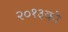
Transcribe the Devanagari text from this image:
२०१३को